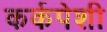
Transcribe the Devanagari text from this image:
कर्कपेशी